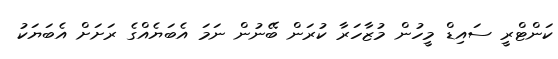
ކަންޓްރީ ސައިޑް މީހުން މުޒާހަރާ ކުރަން ބޭނުން ނަމަ އެބަޔެއްގެ ރަށަށް އެބަޔަކު